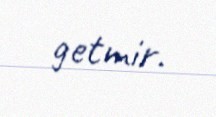
getmir.